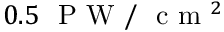
0 . 5 ~ \mathrm { ~ P ~ W ~ / ~ } \mathrm { ~ c ~ m ~ } ^ { 2 }